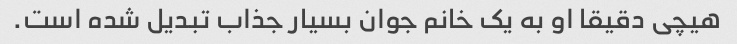
هیچی دقیقا او به یک خانم جوان بسیار جذاب تبدیل شده است.